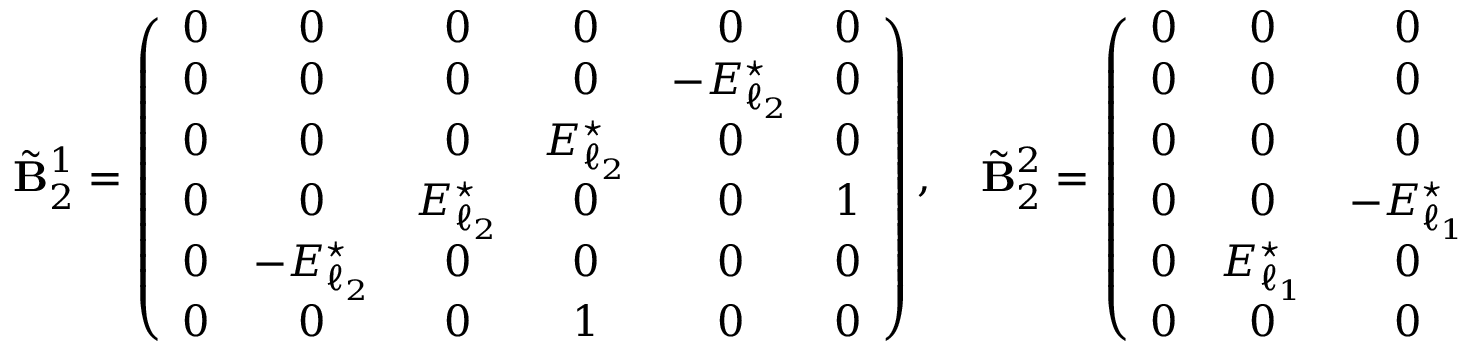
\tilde { \mathbf { B } } _ { 2 } ^ { 1 } = \left( \begin{array} { c c c c c c } { 0 } & { 0 } & { 0 } & { 0 } & { 0 } & { 0 } \\ { 0 } & { 0 } & { 0 } & { 0 } & { - E _ { \ell _ { 2 } } ^ { \star } } & { 0 } \\ { 0 } & { 0 } & { 0 } & { E _ { \ell _ { 2 } } ^ { \star } } & { 0 } & { 0 } \\ { 0 } & { 0 } & { E _ { \ell _ { 2 } } ^ { \star } } & { 0 } & { 0 } & { 1 } \\ { 0 } & { - E _ { \ell _ { 2 } } ^ { \star } } & { 0 } & { 0 } & { 0 } & { 0 } \\ { 0 } & { 0 } & { 0 } & { 1 } & { 0 } & { 0 } \end{array} \right) , \quad \tilde { \mathbf { B } } _ { 2 } ^ { 2 } = \left( \begin{array} { c c c c c c } { 0 } & { 0 } & { 0 } & { 0 } & { 0 } & { 0 } \\ { 0 } & { 0 } & { 0 } & { 0 } & { E _ { \ell _ { 1 } } ^ { \star } } & { 0 } \\ { 0 } & { 0 } & { 0 } & { - E _ { \ell _ { 1 } } ^ { \star } } & { 0 } & { 0 } \\ { 0 } & { 0 } & { - E _ { \ell _ { 1 } } ^ { \star } } & { 0 } & { 0 } & { 0 } \\ { 0 } & { E _ { \ell _ { 1 } } ^ { \star } } & { 0 } & { 0 } & { 0 } & { 1 } \\ { 0 } & { 0 } & { 0 } & { 0 } & { 1 } & { 0 } \end{array} \right)